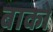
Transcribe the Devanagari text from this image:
बाको